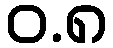
ဝ.၈